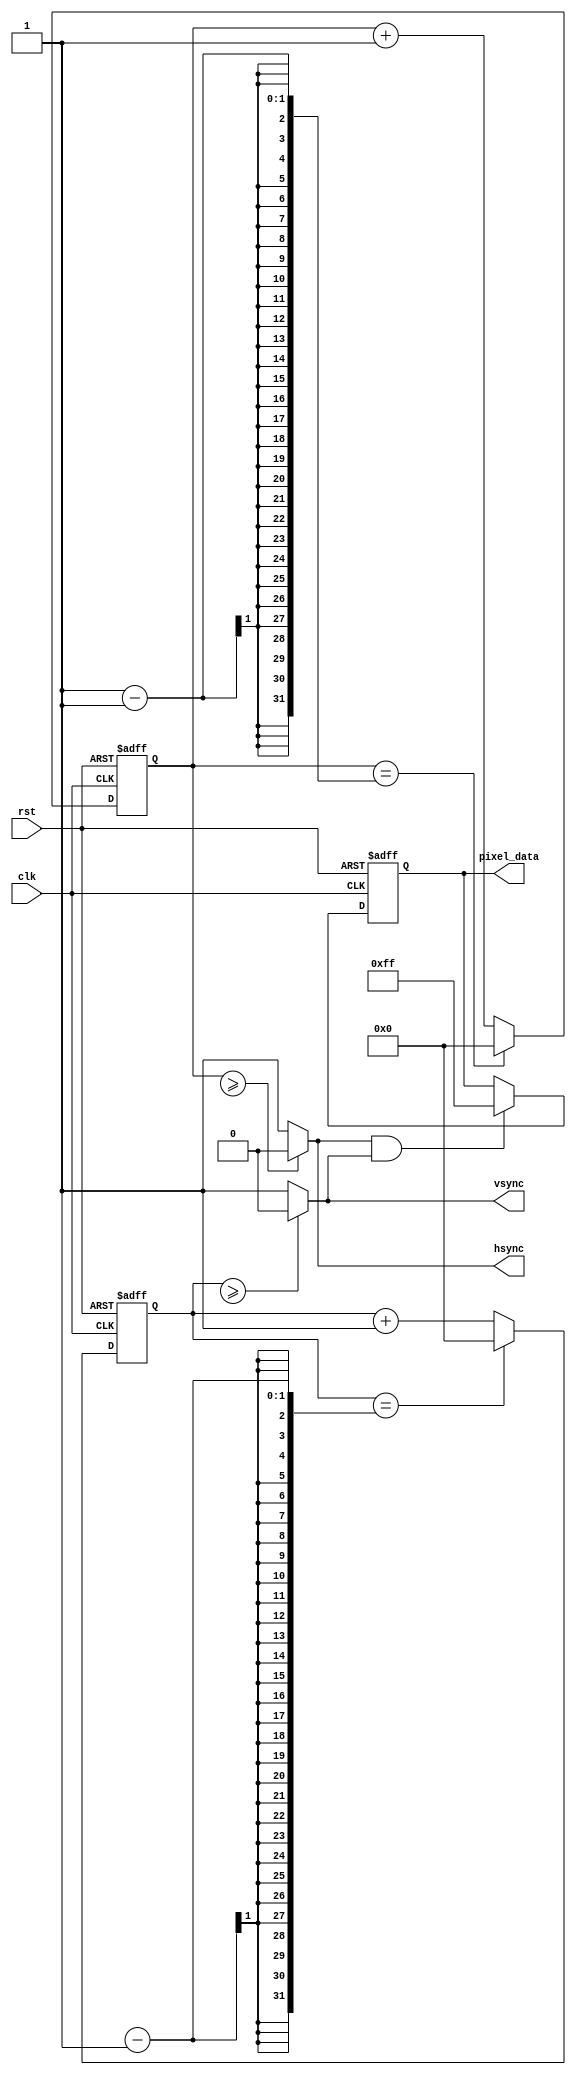
module VGA_Controller (
    input wire clk,
    input wire rst,
    // Other input parameters for resolution and color depth

    output wire hsync,
    output wire vsync,
    output reg [7:0] pixel_data
);

// Horizontal Sync Generator
reg [10:0] h_counter = 0;
always @(posedge clk or posedge rst) begin
    if (rst) begin
        h_counter <= 0;
    end else begin
        if (h_counter == H_SYNC_CYCLES-1) begin
            h_counter <= 0;
        end else begin
            h_counter <= h_counter + 1;
        end
    end
end
assign hsync = (h_counter >= H_SYNC_PULSE_WIDTH) ? 1'b0 : 1'b1;

// Vertical Sync Generator
reg [10:0] v_counter = 0;
always @(posedge clk or posedge rst) begin
    if (rst) begin
        v_counter <= 0;
    end else begin
        if (v_counter == V_SYNC_CYCLES-1) begin
            v_counter <= 0;
        end else begin
            v_counter <= v_counter + 1;
        end
    end
end
assign vsync = (v_counter >= V_SYNC_PULSE_WIDTH) ? 1'b0 : 1'b1;

// Pixel Generator
reg [7:0] pixel_color = 8'b11111111; // Set default color value
// Implement pixel generation logic based on resolution and color depth

// Display Controller
always @(posedge clk or posedge rst) begin
    if (rst) begin
        pixel_data <= pixel_color;
    end else begin
        if (hsync && vsync) begin
            pixel_data <= pixel_color;
        end else begin
            pixel_data <= pixel_data; // Maintain previous pixel data
        end
    end
end

// VGA Output Interface
// Implement VGA output interface logic to convert digital signals to analog signals

endmodule